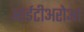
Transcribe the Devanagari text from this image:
आईटीअरोआ